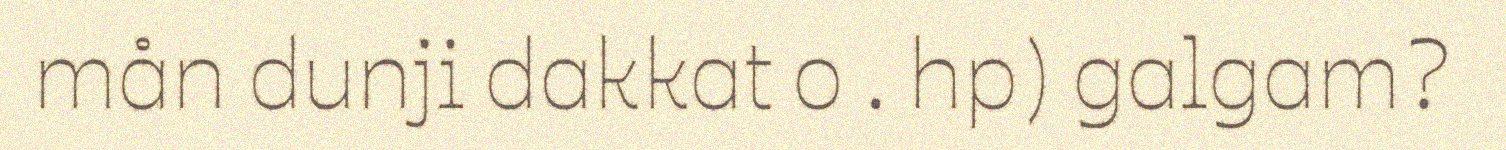
mån dunji dakkat o . hp) galgam?